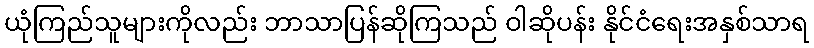
ယုံကြည်သူများကိုလည်း ဘာသာပြန်ဆိုကြသည် ဝါဆိုပန်း နိုင်ငံရေးအနှစ်သာရ